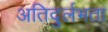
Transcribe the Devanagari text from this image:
अतिदुर्लभता